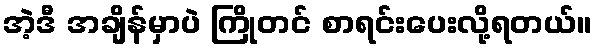
အဲ့ဒီ အချိန်မှာပဲ ကြိုတင် စာရင်းပေးလို့ရတယ်။